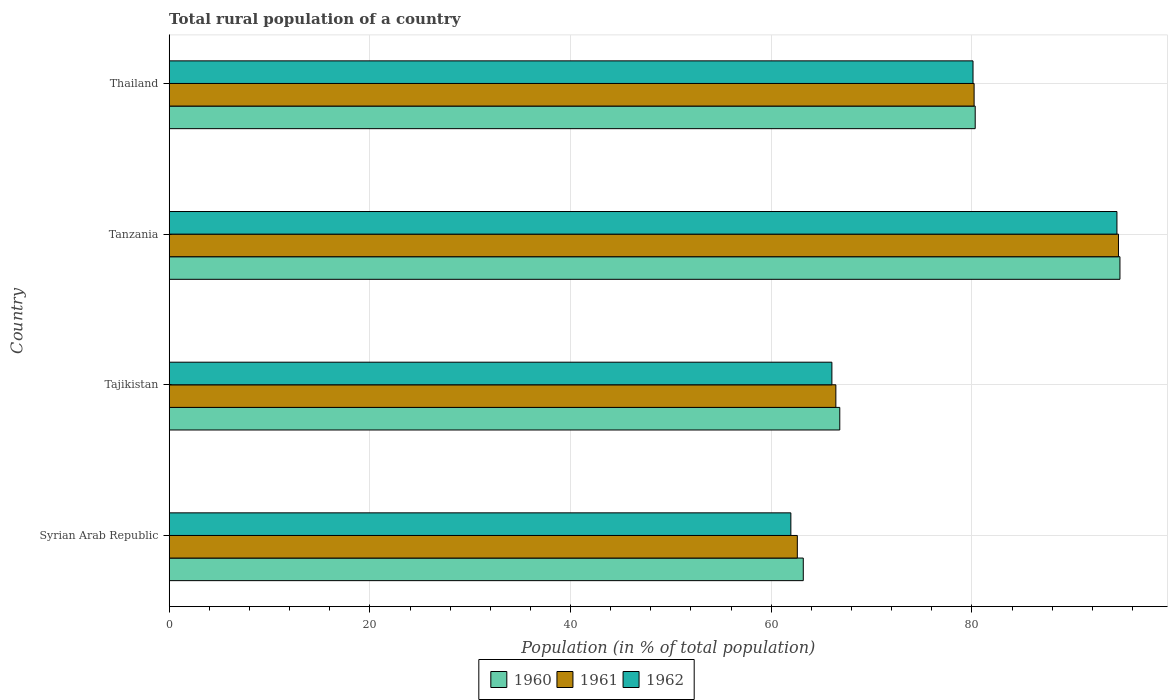
| Country | 1960 | 1961 | 1962 |
 | --- | --- | --- | --- |
 | Syrian Arab Republic | 63.2 | 62.6 | 62 |
 | Tajikistan | 66.8 | 66.4 | 66 |
 | Tanzania | 94.8 | 94.6 | 94.5 |
 | Thailand | 80.3 | 80.2 | 80.1 |